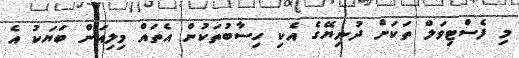
މި ފެސްޓިވަލް ތަކަށް ދުނިޔޭގެ އެކި ހިސާބުތަކުން އެތައް މިލިއަން ބަޔަކު އެ